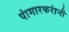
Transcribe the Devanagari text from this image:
पांगारकरांनी